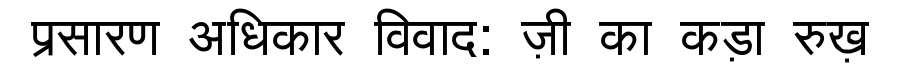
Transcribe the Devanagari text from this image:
प्रसारण अधिकार विवाद: ज़ी का कड़ा रुख़